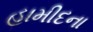
હામીદના